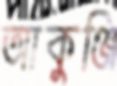
আকুঞ্জি